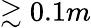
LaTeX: \gtrsim 0.1m